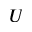
U